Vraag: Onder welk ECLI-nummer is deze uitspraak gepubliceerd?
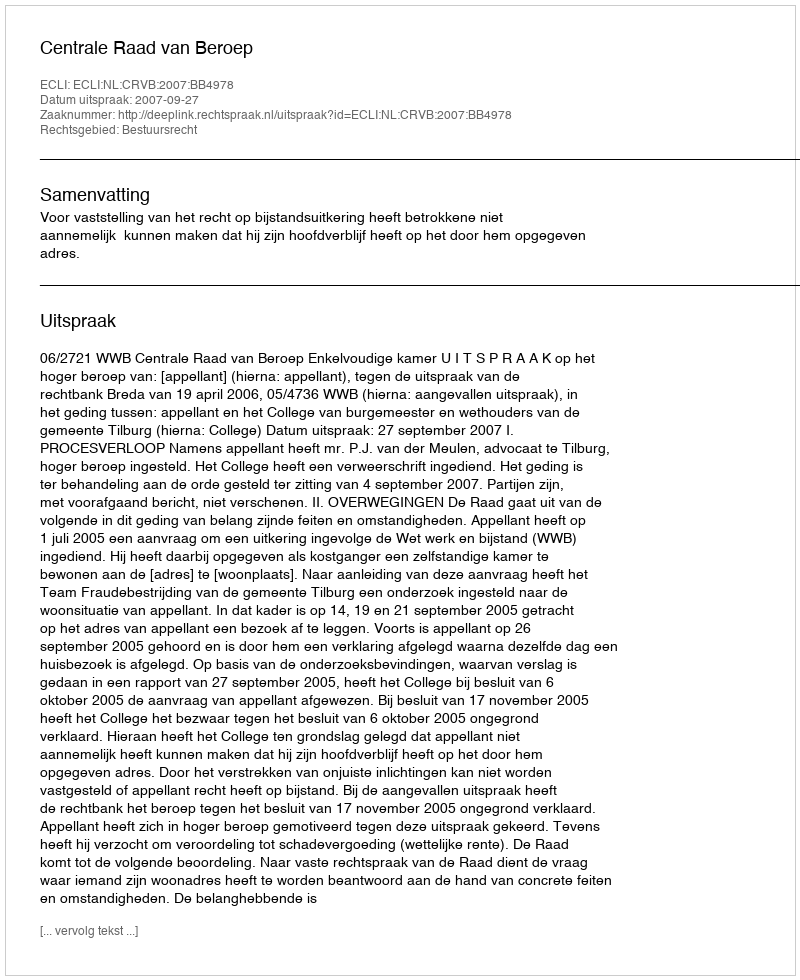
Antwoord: ECLI:NL:CRVB:2007:BB4978